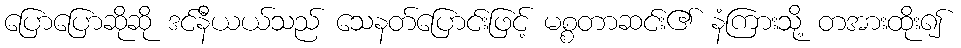
ပြောပြောဆိုဆို ဒင်နီယယ်သည် သေနတ်ပြောင်းဖြင့် မစ္စတာဆင်း၏ နံကြားသို့ တအားထိုး၍